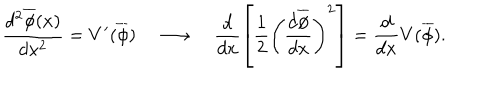
\frac { d ^ { 2 } \overline { { { \phi } } } ( x ) } { d x ^ { 2 } } = V ^ { \prime } ( \overline { { { \phi } } } ) \quad \longrightarrow \quad \frac { d } { d x } \left[ \frac { 1 } { 2 } \left( \frac { d \overline { { { \phi } } } } { d x } \right) ^ { 2 } \right] = \frac { d } { d x } V ( \overline { { { \phi } } } ) .